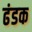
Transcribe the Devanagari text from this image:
ढंडक